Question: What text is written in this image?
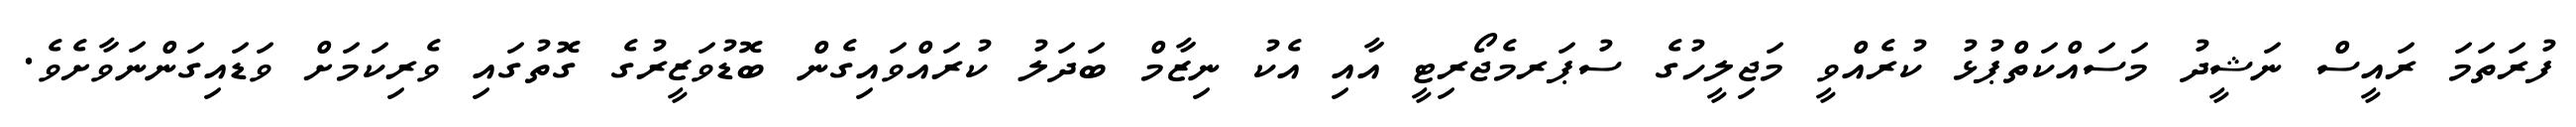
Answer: ފުރަތަމަ ރައީސް ނަޝީދު މަސައްކަތްޕުޅު ކުރެއްވީ މަޖިލީހުގެ ސުޕަރމެޖޯރިޓީ އާއި އެކު ނިޒާމް ބަދަލު ކުރައްވައިގެން ބޮޑުވަޒީރުގެ ގޮތުގައި ވެރިކަމަށް ވަޑައިގަންނަވާށެވެ.